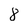
Character: 8